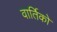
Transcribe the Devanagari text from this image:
वार्तिको